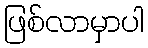
ဖြစ်လာမှာပါ